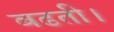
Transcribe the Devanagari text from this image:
बढती।